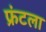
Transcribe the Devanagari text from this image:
फ्रंटला